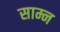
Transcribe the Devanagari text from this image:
साम्न